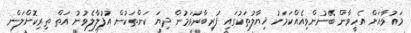
މައުވާއަށް އެހީވާން ބޭނުންވިއެއްކަމަކު ޚިޔާލުތަކުގައި ފުރިބާރުވަމުން ދިޔަ ކަންތަކުން އުފުލާލެވުނު އަތް ތިރިކޮށްލަން